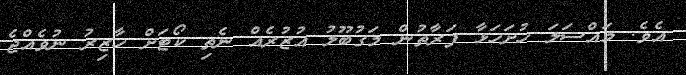
އެވެ. މައްސަލަ ހުށަހަޅާ ފަރާތުން މަގުބޫލު އުޒުރެއް ނެތި ކޯޓަށް ހާޒިރު ނުވެއްޖެ